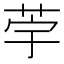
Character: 荢